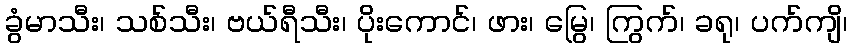
ခွံမာသီး၊ သစ်သီး၊ ဗယ်ရီသီး၊ ပိုးကောင်၊ ဖား၊ မြွေ၊ ကြွက်၊ ခရု၊ ပက်ကျိ၊